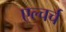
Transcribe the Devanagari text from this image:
एल्चर्च